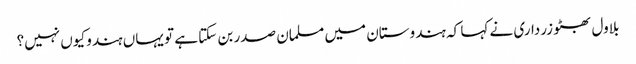
بلاول بھٹو زرداری نے کہا کہ ہندوستان میں مسلمان صدر بن سکتا ہے تو یہاں ہندو کیوں نہیں؟